65_HS1-834228961_62-HQ-83894_Section_4
Agency: FBI
Page 134
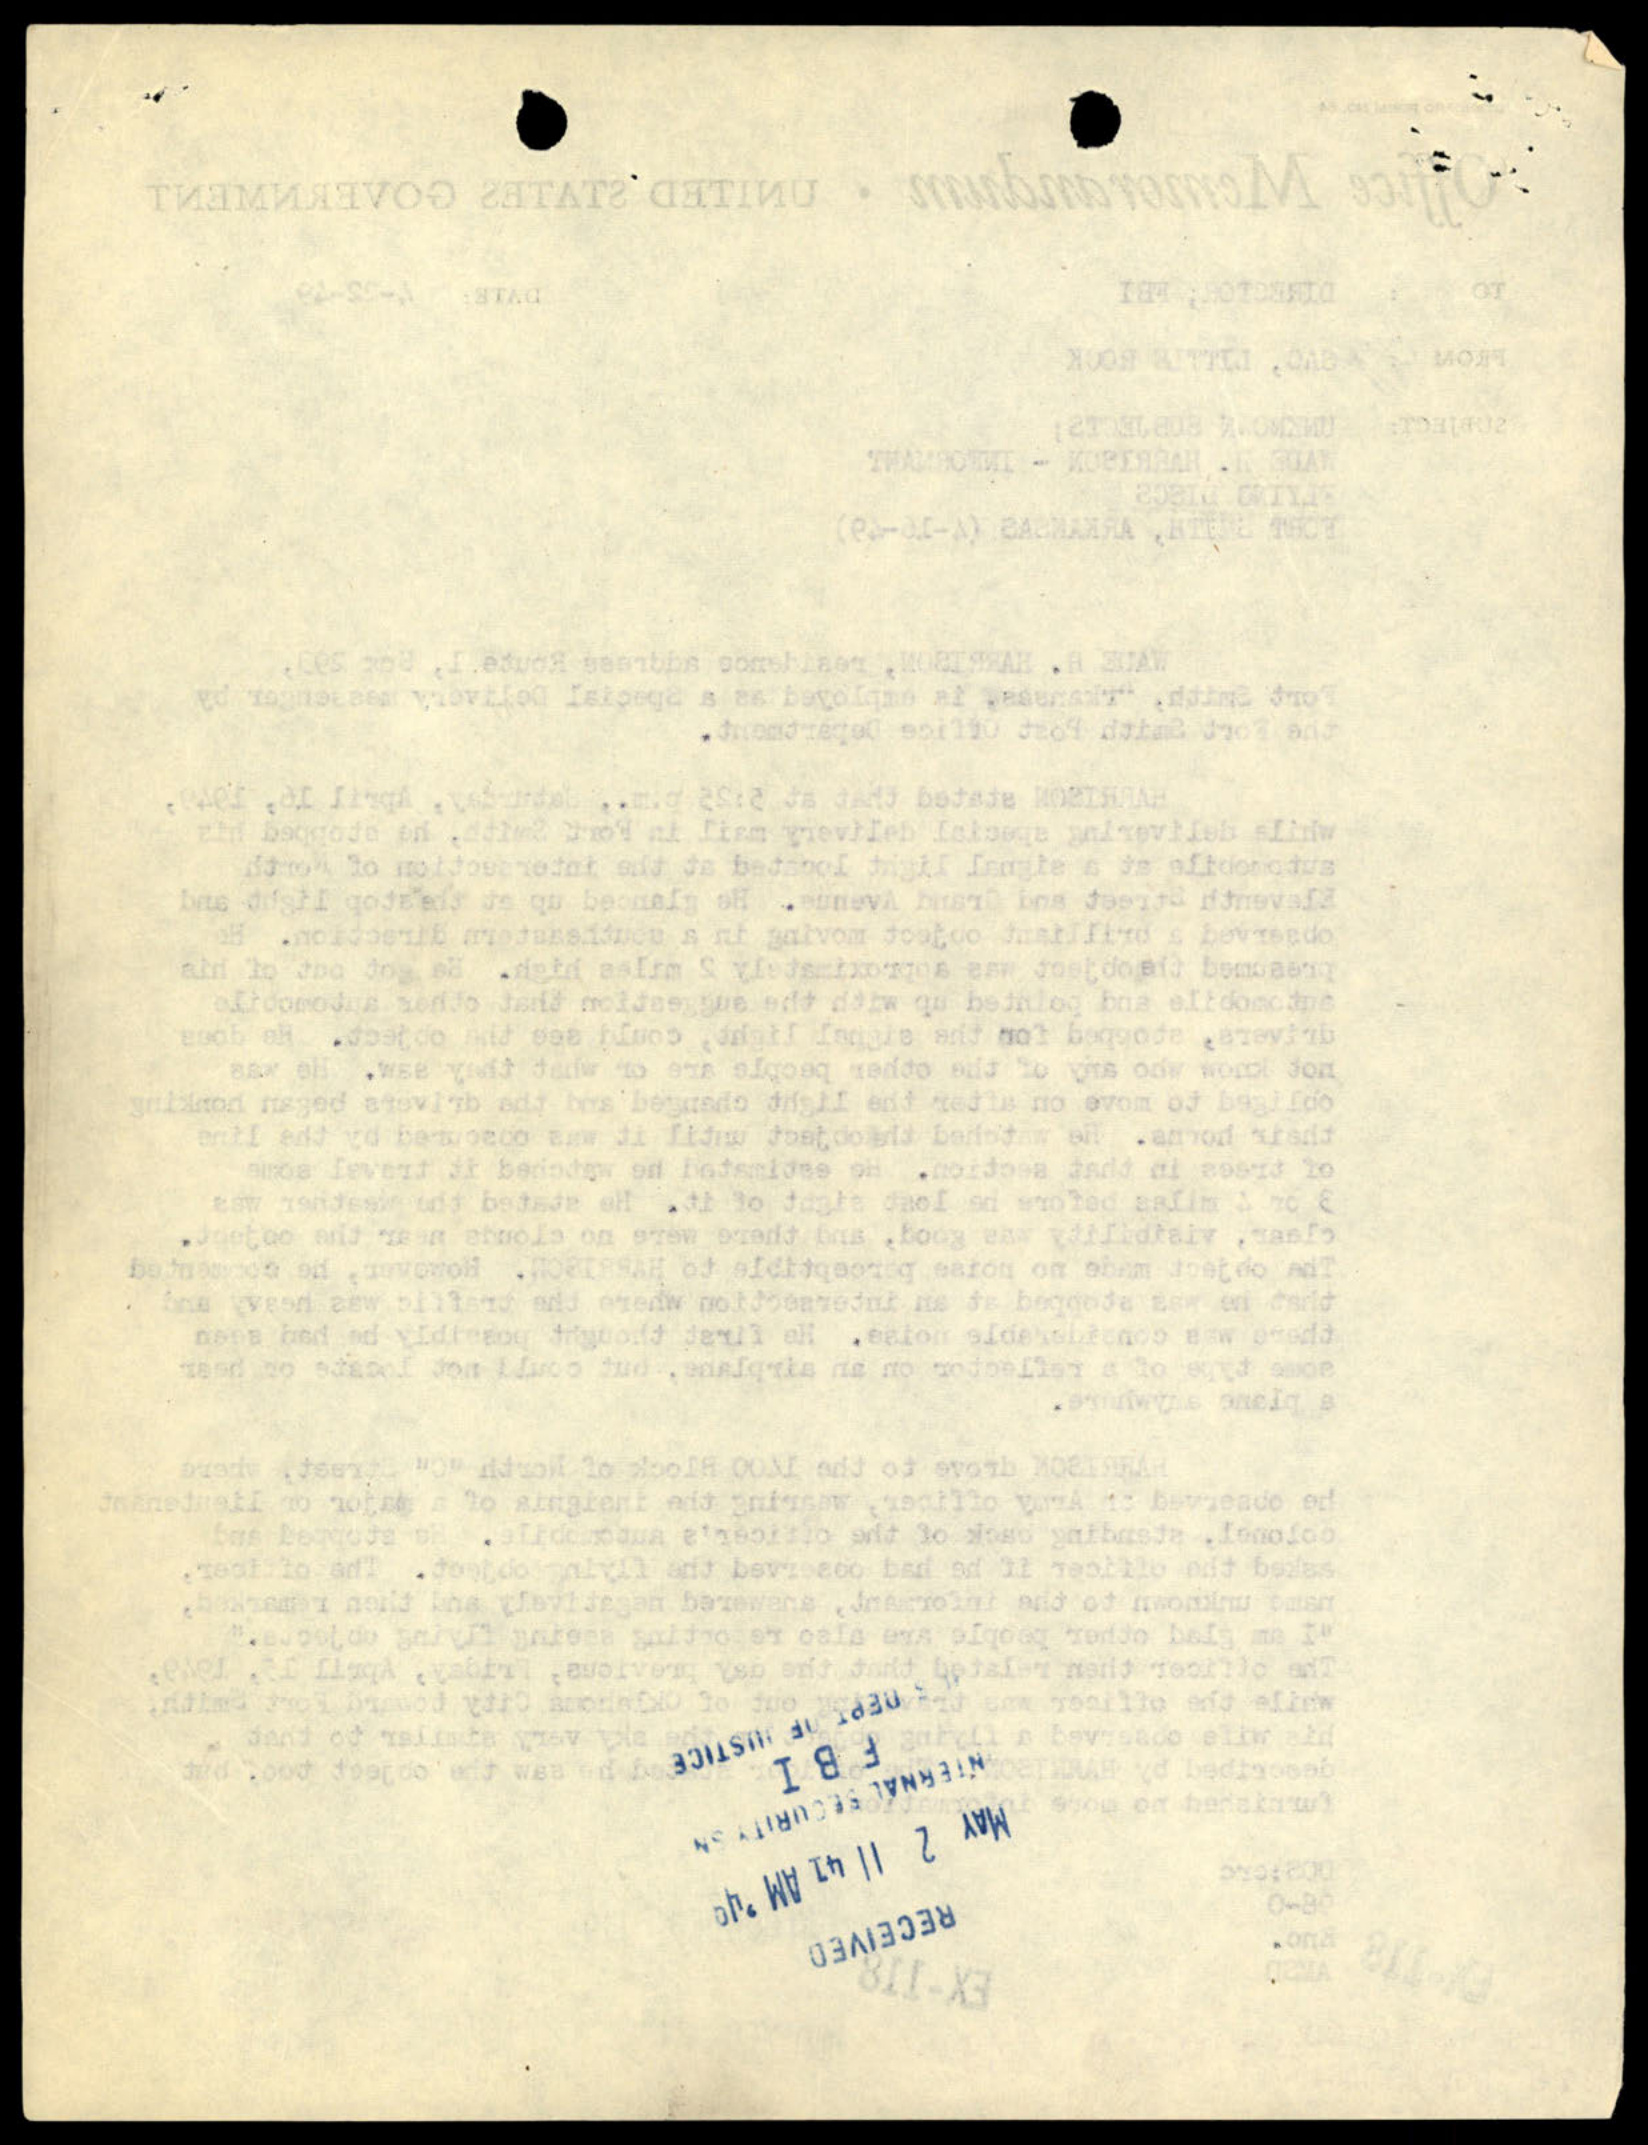